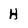
Character: H